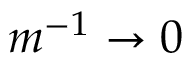
m ^ { - 1 } \rightarrow 0